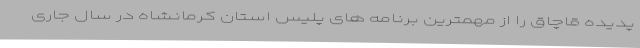
پدیده قاچاق را از مهمترین برنامه های پلیس استان کرمانشاه در سال جاری